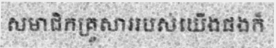
សមាជិកគ្រួសាររបស់យើងផងក៏